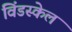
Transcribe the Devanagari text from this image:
विंडस्केल